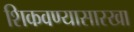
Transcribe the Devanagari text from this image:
शिकवण्यासारखा